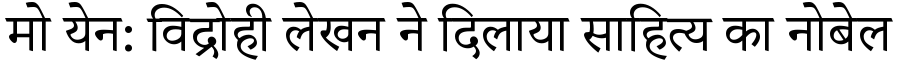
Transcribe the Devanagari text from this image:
मो येन: विद्रोही लेखन ने दिलाया साहित्य का नोबेल